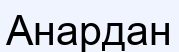
Анардан